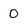
Character: 0